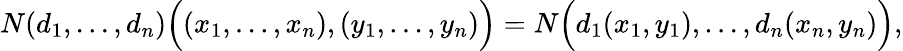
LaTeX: N(d_{1},...,d_{n}){\Big(}(x_{1},\ldots,x_{n}),(y_{1},\ldots,y_{n}){\Big)}=N{\Big(}d_{1}(x_{1},y_{1}),\ldots,d_{n}(x_{n},y_{n}){\Big)},